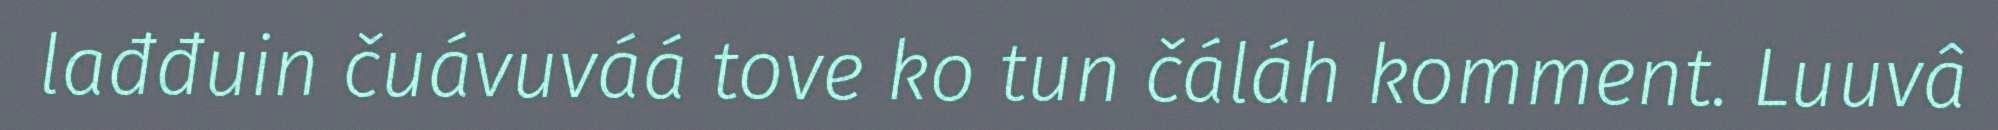
lađđuin čuávuváá tove ko tun čáláh komment. Luuvâ